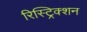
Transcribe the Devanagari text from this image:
रिस्ट्रिक्शन